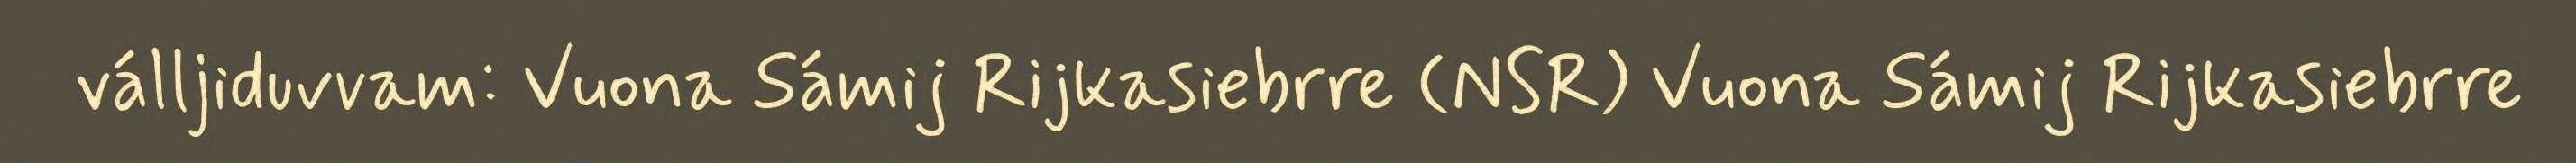
válljiduvvam: Vuona Sámij Rijkasiebrre (NSR) Vuona Sámij Rijkasiebrre